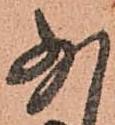
少